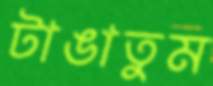
টাঙাতুম